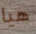
هيا